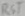
Text: RST